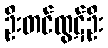
ဦးတင်ထွဋ်ဦး